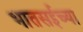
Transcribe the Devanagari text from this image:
भातसईच्या